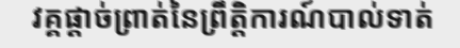
វគ្គផ្តាច់ព្រាត់នៃព្រឹត្តិការណ៍បាល់ទាត់